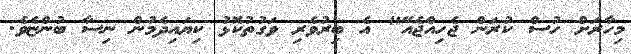
މިހާރަށް ހުސް ކުރަން ޖެހިއްޖެއޭ" އެ ބިރުވެރި ވަގުތުކޮޅު ކިޔައިދެމުން ނިސާ ބުންޏެވެ.